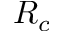
R _ { c }